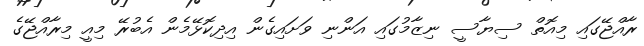
ރާއްޖޭގައި މިއޮތް ސިޔާސީ ނިޒާމުގައި އަންނި ވަށައިގެން އިދިކޮޅޭމެން އެބުރޭ މިއީ މިރާއްޖޭގެ